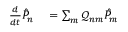
\begin{array} { r l } { \frac { d } { d t } \hat { P } _ { n } } & { { } = \sum _ { m } \mathcal { Q } _ { n m } \hat { P } _ { m } } \end{array}